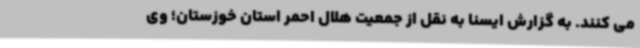
می کنند. به گزارش ایسنا به نقل از جمعیت هلال احمر استان خوزستان؛ وی